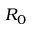
R _ { 0 }